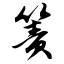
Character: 箦